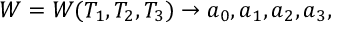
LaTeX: W = W ( T _ { 1 } , T _ { 2 } , T _ { 3 } ) \rightarrow a _ { 0 } , a _ { 1 } , a _ { 2 } , a _ { 3 } ,